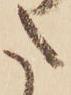
た